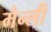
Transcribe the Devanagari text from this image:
मेन्ली